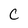
Character: C